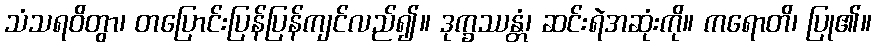
သံသရဝိတွာ၊ တပြောင်းပြန်ပြန်ကျင်လည်၍။ ဒုက္ခဿန္တံ၊ ဆင်းရဲအဆုံးကို။ ကရောတိ၊ ပြု၏။